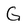
Character: G